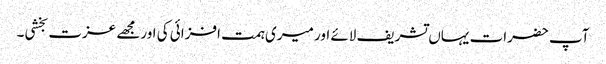
آپ حضرات یہاں تشریف لائے اور میری ہمت افزائی کی اورمجھے عزت بخشی۔